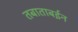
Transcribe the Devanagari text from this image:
तबाताबईन